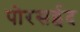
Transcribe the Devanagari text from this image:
पोरसईद